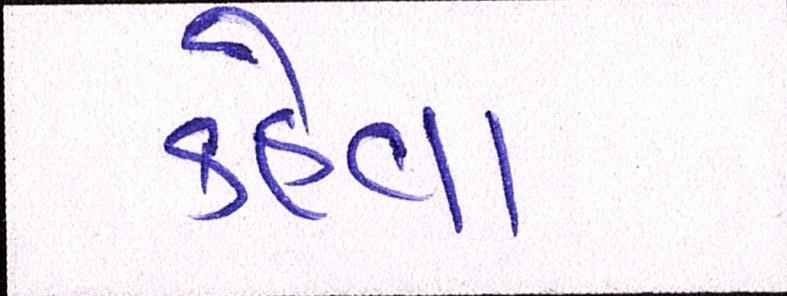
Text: કહેવા